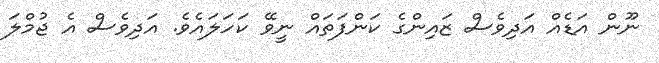
ނޫން އަޑެއް އަދިވެސް ޒައިންގެ ކަންފަތައް ނީވޭ ކަހަލައެވެ. އަދިވެސް އެ ޖުމްލަ